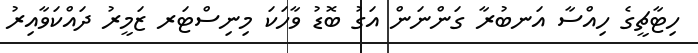
ހިޓާޗީގެ ހިއްސާ އަނބުރާ ގަންނަން އަގު ބޮޑު ވާހަކަ މިނިސްޓަރ ޒަމީރު ދައްކަވާއިރު